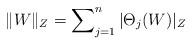
LaTeX: \begin{align*}\Vert W \Vert_Z = \sum\nolimits^n_{j=1} \vert \Theta_j(W) \vert_Z \end{align*}